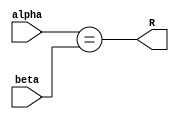
module ascii_equality_checker (
  output R,
  input [7:0] alpha,
  input [7:0] beta
  );

  // equality check
  assign R = alpha == beta;

endmodule